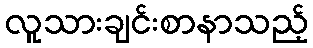
လူသားချင်းစာနာသည့်